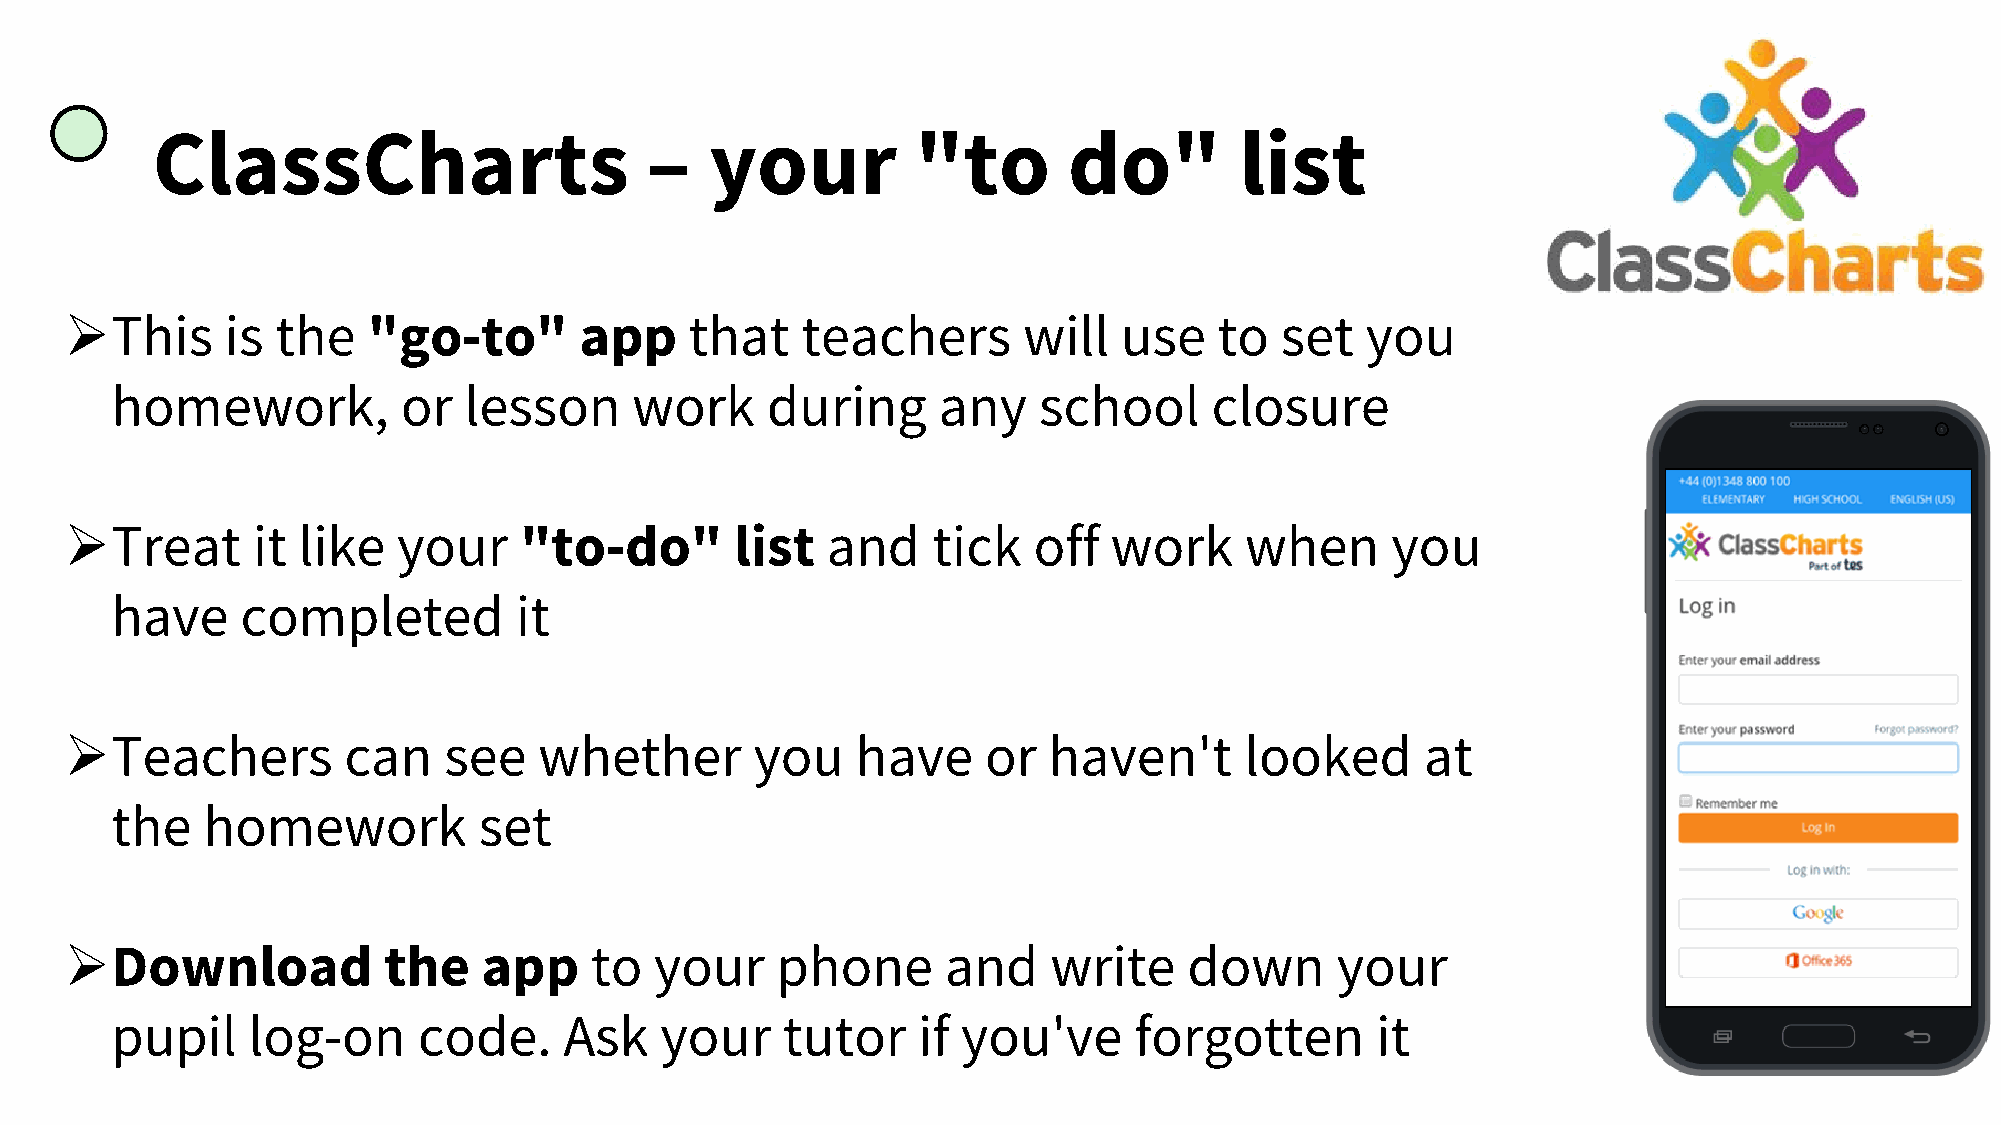
ClassCharts                      –   your          "to       do"        list
 ➢This      is the   "go-to"       app     that   teachers       will  use    to  set  you
 homework,           or  lesson     work     during     any    school     closure
 ➢Treat       it like  your    "to-do"        list  and    tick  off  work     when      you
 have     completed         it
 ➢Teachers          can   see    whether       you    have    or  haven't      looked      at
 the   homework           set
 ➢Download            the    app    to  your    phone       and    write    down     your
 pupil    log-on      code.    Ask    your    tutor    if you've     forgotten       it